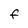
Character: F